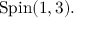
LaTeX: \mathrm { S p i n } ( 1 , 3 ) .